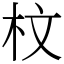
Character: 𣐀